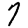
Digit: 7